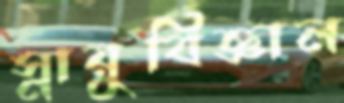
স্নায়ুবিজ্ঞান